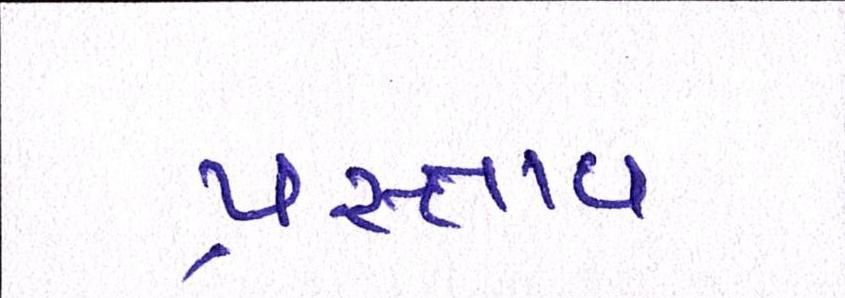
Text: પ્રસ્તાવ